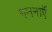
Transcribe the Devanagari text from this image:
गननाएँ